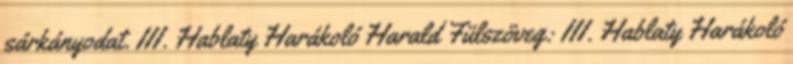
sárkányodat. III. Hablaty Harákoló Harald Fülszöveg: III. Hablaty Harákoló